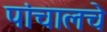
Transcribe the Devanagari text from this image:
पांचालचे